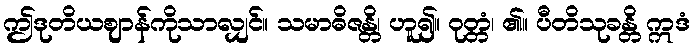
ဤဒုတိယဈာန်ကိုသာလျှင်။ သမာဓိဇန္တိ၊ ဟူ၍။ ဝုတ္တံ၊ ၏။ ပီတိသုခန္တိ ဣဒံ